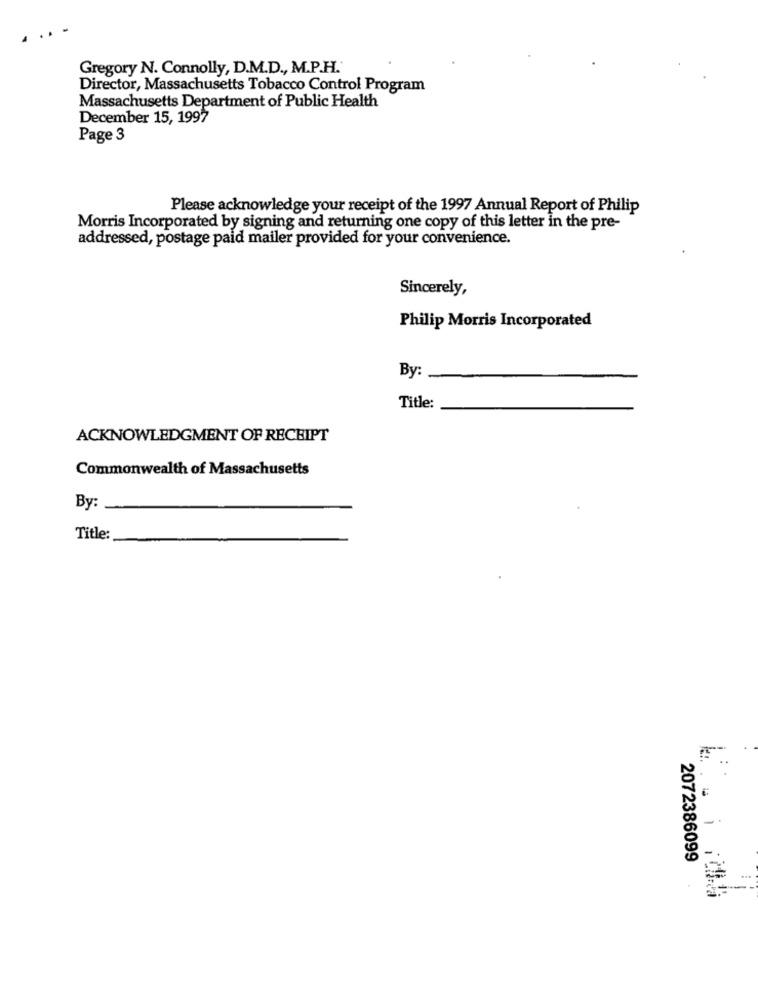
Gregory N. Connolly, D.M.D ., M.P.H.
Director, Massachusetts Tobacco Control Program
Massachusetts Department of Public Health
December 15, 1997
Page 3
Please acknowledge your receipt of the 1997 Annual Report of Philip
Morris Incorporated by signing and returning one copy of this letter in the pre-
addressed, postage paid mailer provided for your convenience.
Sincerely,
Philip Morris Incorporated
By:
Title:
ACKNOWLEDGMENT OF RECEIPT
Commonwealth of Massachusetts
By:
Title:
k :. . . 1
2072386099